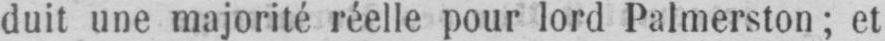
duit une majorité réelle pour lord Palmerston; et